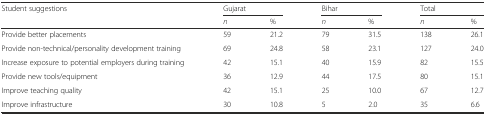
| <ROWSPAN=2> Student suggestions | <COLSPAN=2> Gujarat | <COLSPAN=2> Bihar | <COLSPAN=2> Total |
 | n | % | n | % | n | % |
 | --- | --- | --- | --- | --- | --- | --- |
 | Provide better placements | 59 | 21.2 | 79 | 31.5 | 138 | 26.1 |
 | Provide non-technical/personality development training | 69 | 24.8 | 58 | 23.1 | 127 | 24.0 |
 | Increase exposure to potential employers during training | 42 | 15.1 | 40 | 15.9 | 82 | 15.5 |
 | Provide new tools/equipment | 36 | 12.9 | 44 | 17.5 | 80 | 15.1 |
 | Improve teaching quality | 42 | 15.1 | 25 | 10.0 | 67 | 12.7 |
 | Improve infrastructure | 30 | 10.8 | 5 | 2.0 | 35 | 6.6 |